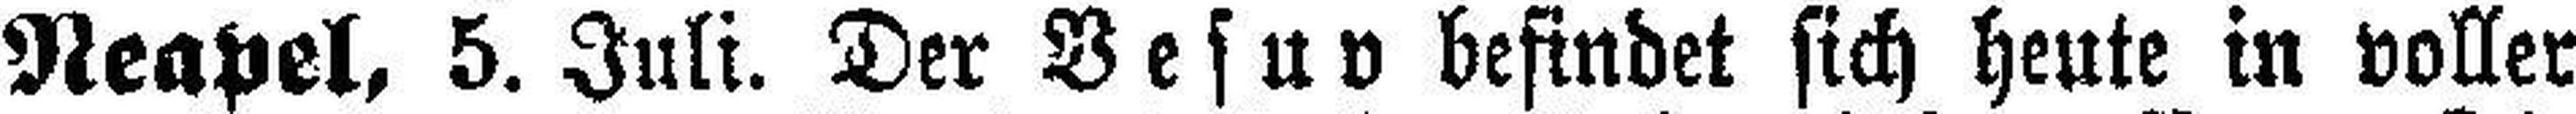
Neapel, 5. Juli. Der Vesuv befindet sich heute in voller